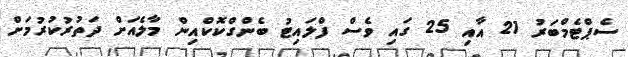
ސެޕްޓެމްބަރު 21 އާއި 25 ގައި ވެސް ފްލައިޓު ބެންގްކޮކްއިން މާލެއަށް ދަތުރުކުރުމަށް